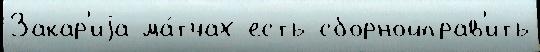
Закар'иjа ма́тчах есть сборнойправ'ить